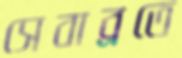
সেবাব্রতে